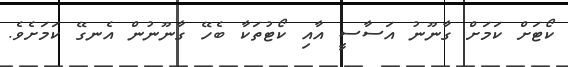
ކޯޓަށް ކަމަށް ގާނޫނު އަސާސީ އާއި ކޯޓުތަކާ ބެހޭ ގާނޫނުން އެނގޭ ކަމަށެވެ.